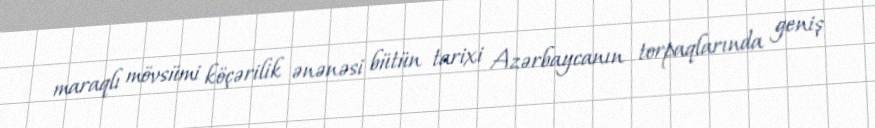
maraqlı mövsümi köçərilik ənənəsi bütün tarixi Azərbaycanın torpaqlarında geniş